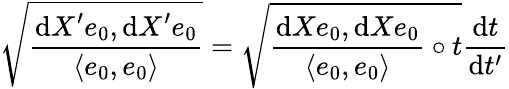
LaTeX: \sqrt{\frac{\displaystyle\mathrm{d}X^{\prime}e_{0},\mathrm{d}X^{\prime}e_{0}}{\langle e_{0},e_{0}\rangle}}=\sqrt{\frac{\mathrm{d}Xe_{0},\mathrm{d}Xe_{0}}{\langle e_{0},e_{0}\rangle}\circ t}\frac{\mathrm{d}t}{\mathrm{d}t^{\prime}}